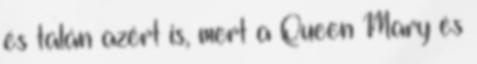
és talán azért is, mert a Queen Mary és